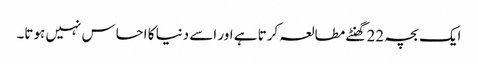
ایک بچہ 22 گھنٹے مطالعہ کرتا ہے اور اسے دنیا کا احساس نہیں ہوتا۔